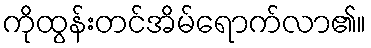
ကိုထွန်းတင်အိမ်ရောက်လာ၏။